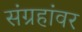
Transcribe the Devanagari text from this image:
संग्रहांवर